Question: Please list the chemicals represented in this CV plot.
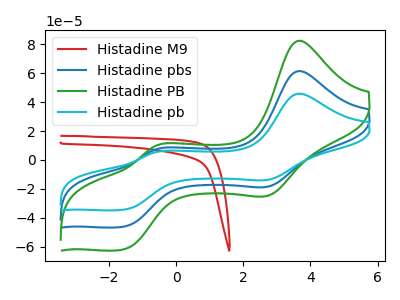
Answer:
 <answer>The red curve is labeled "Histadine M9". The blue curve is labeled "Histadine pbs". The green curve is labeled "Histadine PB". The cyan curve is labeled "Histadine pb".</answer>
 <eval></eval>